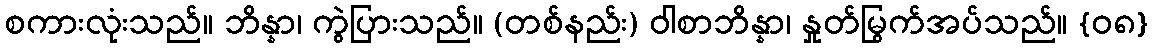
စကားလုံးသည်။ ဘိန္နာ၊ ကွဲပြားသည်။ (တစ်နည်း) ဝါစာဘိန္နာ၊ နှုတ်မြွက်အပ်သည်။ {၀၈}